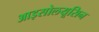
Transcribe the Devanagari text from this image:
आइसोलयूसिन